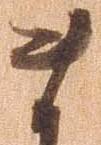
ま